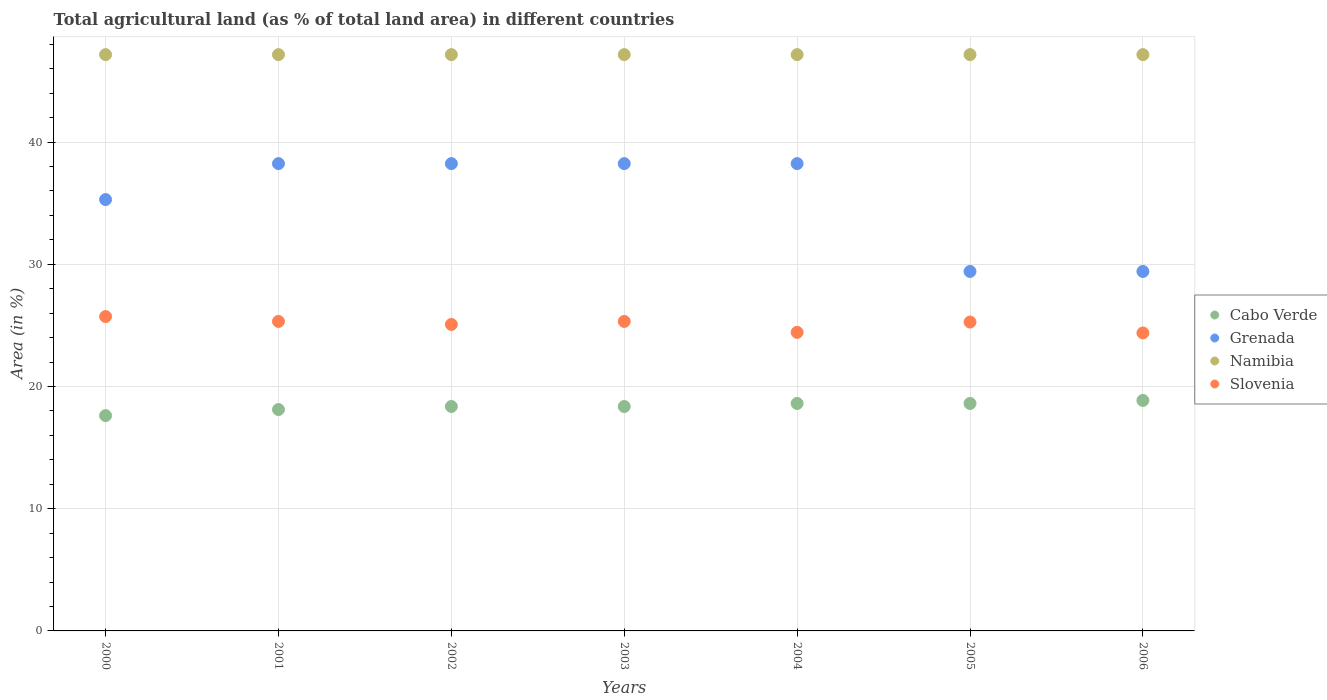
| Years | Cabo Verde | Grenada | Namibia | Slovenia |
 | --- | --- | --- | --- | --- |
 | 2000 | 17.6 | 35.3 | 47.2 | 25.7 |
 | 2001 | 18.1 | 38.2 | 47.2 | 25.3 |
 | 2002 | 18.4 | 38.2 | 47.2 | 25.1 |
 | 2003 | 18.4 | 38.2 | 47.2 | 25.3 |
 | 2004 | 18.6 | 38.2 | 47.2 | 24.4 |
 | 2005 | 18.6 | 29.4 | 47.2 | 25.3 |
 | 2006 | 18.9 | 29.4 | 47.2 | 24.4 |